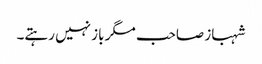
شہباز صاحب مگر باز نہیں رہتے۔